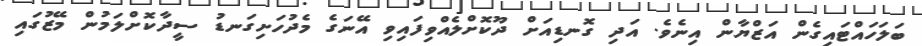
ބަލަހައްޓައިގެން އަޒްޔާން އިނެވެ. އަދި ގޮނޑިއަށް ދޫކޮށްލެއްވިފައިވި އޭނަގެ މެދުހަށިގަނޑު ސީދާކޮށްލަމުން މޭޒުގައި